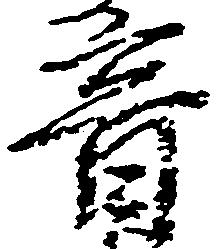
音